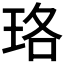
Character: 珞